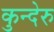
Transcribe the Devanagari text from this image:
कुन्देरु